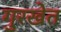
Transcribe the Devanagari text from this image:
गुरखेत